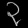
Digit: ၃